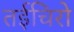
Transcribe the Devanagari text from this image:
तईचिरो